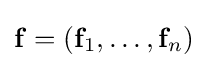
\mathbf {f} =(\mathbf {f} _{1},\dots ,\mathbf {f} _{n})